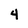
Character: 4